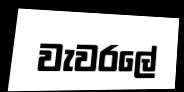
වැවරලේ